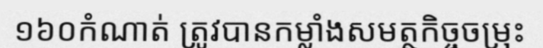
១៦០កំណាត់ ត្រូវបានកម្លាំងសមត្ថកិច្ចចម្រុះ